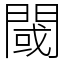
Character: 閾